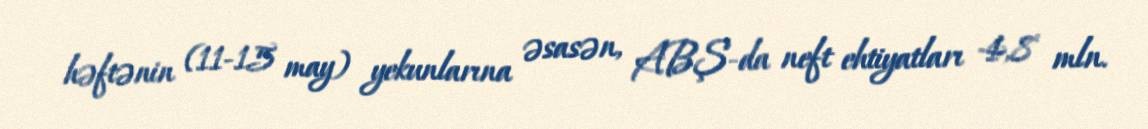
həftənin (11-15 may) yekunlarına əsasən, ABŞ-da neft ehtiyatları 4,8 mln.